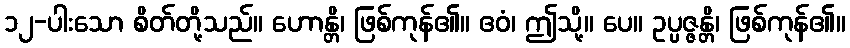
၁၂-ပါးသော စိတ်တို့သည်။ ဟောန္တိ၊ ဖြစ်ကုန်၏။ ဧဝံ၊ ဤသို့။ ပေ။ ဥပ္ပဇ္ဇန္တိ၊ ဖြစ်ကုန်၏။